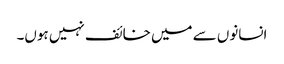
انسانوں سے میں خائف نہیں ہوں۔